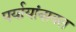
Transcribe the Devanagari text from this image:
पर्यायांबाबत